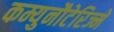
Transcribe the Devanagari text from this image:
कम्युनौटेरिज्मे